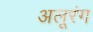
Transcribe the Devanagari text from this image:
अलूरंग